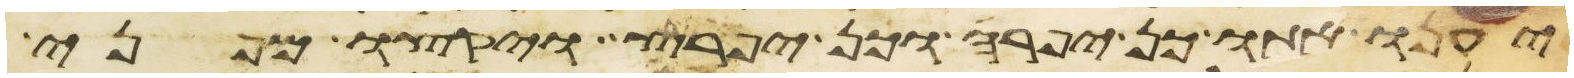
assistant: יענו אתו כן יפרה וכן יפרץ ויקצו מפני